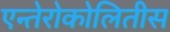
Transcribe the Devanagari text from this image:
एन्तेरोकोलितीस